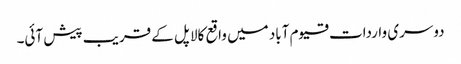
دوسری واردات قیوم آباد میں واقع کالا پل کے قریب پیش آئی۔